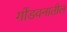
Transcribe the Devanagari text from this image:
गोंडवनातील